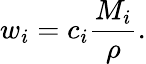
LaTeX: w_{i}=c_{i}{\frac{M_{i}}{\rho}}.